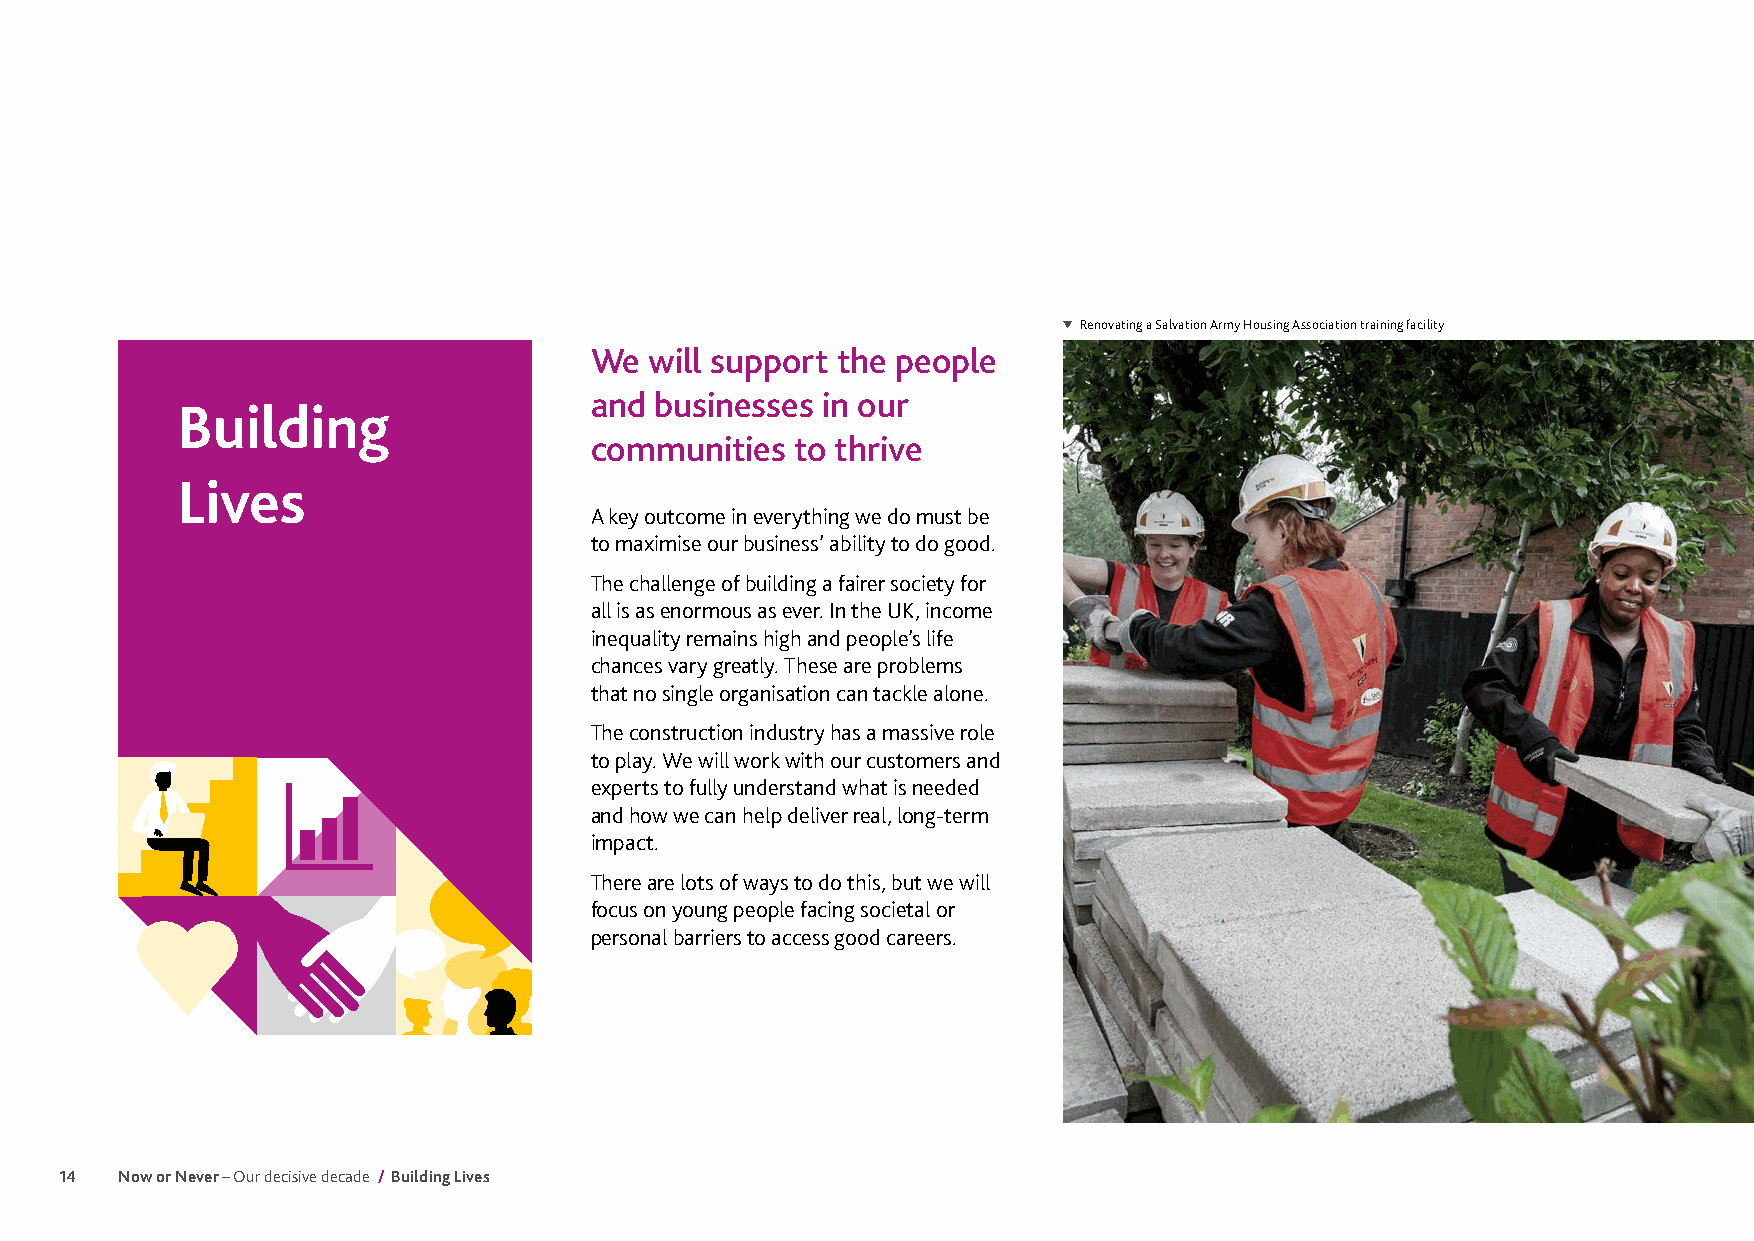
Renovating a Salvation Army Housing Association training facility
 We  will support the people
 and businesses in our
 Building
 communities   to thrive
 Lives
 A key outcome in everything we do must be
 to maximise our business’ ability to do good.
 The challenge of building a fairer society for
 all is as enormous as ever. In the UK, income
 inequality remains high and people’s life
 chances vary greatly. These are problems
 that no single organisation can tackle alone.
 The construction industry has a massive role
 to play. We will work with our customers and
 experts to fully understand what is needed
 and how we can help deliver real, long-term
 impact.
 There are lots of ways to do this, but we will
 focus on young people facing societal or
 personal barriers to access good careers.
 14  Now or Never – Our decisive decade / Building Lives